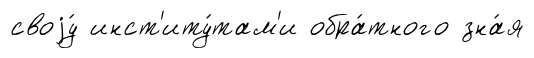
своjу́ инст'иту́там'и обра́тного зна́я